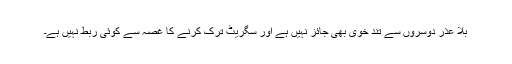
بلا عذر دوسروں سے تند خوی بھی جائز نہیں ہے اور سگریٹ ترک کرنے کا غصہ سے کوئی ربط نہیں ہے۔